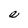
Character: e